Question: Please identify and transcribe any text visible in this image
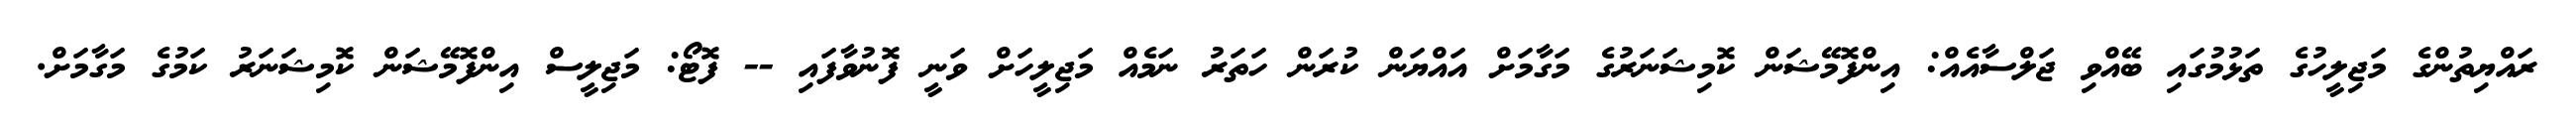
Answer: ރައްޔިތުންގެ މަޖިލީހުގެ ތަޅުމުގައި ބޭއްވި ޖަލްސާއެއް: އިންފޮމޭޝަން ކޮމިޝަނަރުގެ މަގާމަށް އައްޔަން ކުރަން ހަތަރު ނަމެއް މަޖިލީހަށް ވަނީ ފޮނުވާފައި -- ފޮޓޯ: މަޖިލީސް އިންފޮމޭޝަން ކޮމިޝަނަރު ކަމުގެ މަގާމަށް.